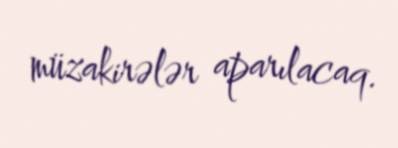
müzakirələr aparılacaq.